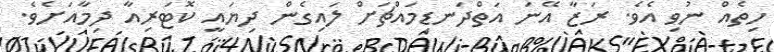
ހިތެއް ނުވި އެވެ. ރަޒާ އޭނަ އަތްދަނޑިމައްޗަށް ލައިގެން ދިޔައީ ކޮޓަރިއާ ދިމާއަށެވެ.